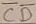
Text: CD